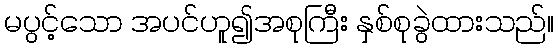
မပွင့်သော အပင်ဟူ၍အစုကြီး နှစ်စုခွဲထားသည်။